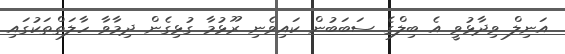
އަނިލް ވިދާޅުވީ އެ ބިލްގެ ސަބަބުން ކައިވެނި ރޫޅުމާ ގުޅިގެން ދިމާވާ ހާލަތްތަކުގައި